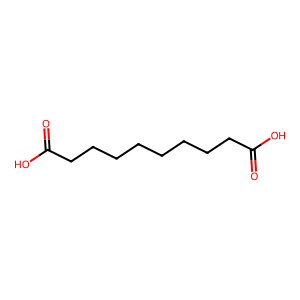
SMILES: O=C(O)CCCCCCCCC(=O)O
Inhibits HIV replication: No